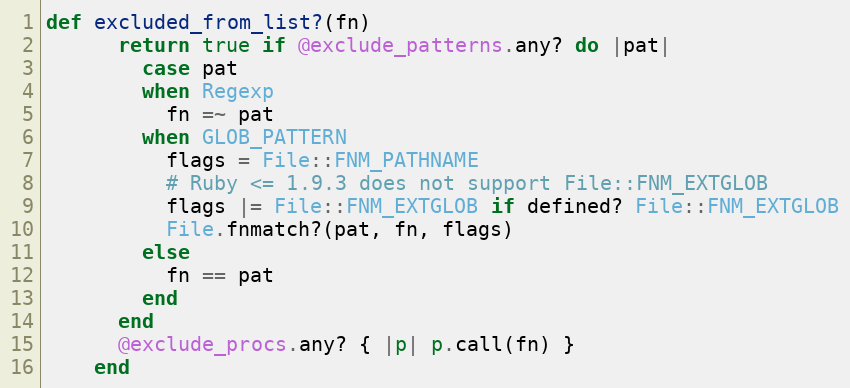
Language: Ruby
def excluded_from_list?(fn)
      return true if @exclude_patterns.any? do |pat|
        case pat
        when Regexp
          fn =~ pat
        when GLOB_PATTERN
          flags = File::FNM_PATHNAME
          # Ruby <= 1.9.3 does not support File::FNM_EXTGLOB
          flags |= File::FNM_EXTGLOB if defined? File::FNM_EXTGLOB
          File.fnmatch?(pat, fn, flags)
        else
          fn == pat
        end
      end
      @exclude_procs.any? { |p| p.call(fn) }
    end